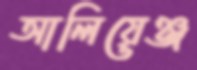
আলিয়েঞ্জ